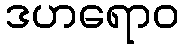
ဒဟရောဝ